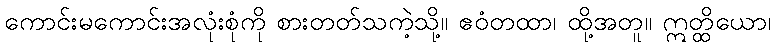
ကောင်းမကောင်းအလုံးစုံကို စားတတ်သကဲ့သို့။ ဧဝံတထာ၊ ထို့အတူ။ ဣတ္ထိယော၊